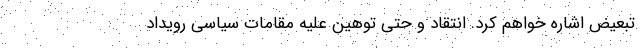
تبعیض اشاره خواهم کرد. انتقاد و حتی توهین علیه مقامات سیاسی رویداد